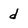
Character: d